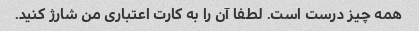
همه چیز درست است. لطفا آن را به کارت اعتباری من شارژ کنید.